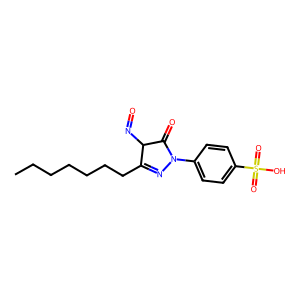
SMILES: CCCCCCCC1=NN(c2ccc(S(=O)(=O)O)cc2)C(=O)C1N=O
Inhibits HIV replication: No